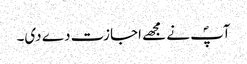
آپؐ نے مجھے اجازت دے دی۔